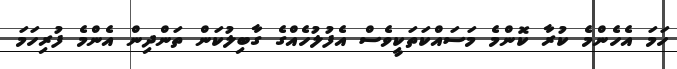
ހަމަ އެހެންމެ ކުރާ ކޮންމެ މަސައްކަތަކީވެސް އެފުލުހެއްގެ ގާބިލުކަން ތަންދިން އެންމެ ފުރިހަމަ